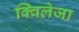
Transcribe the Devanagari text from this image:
क्विलेजा